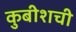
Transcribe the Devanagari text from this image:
कुबीशची